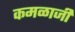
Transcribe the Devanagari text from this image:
कमळाजी